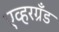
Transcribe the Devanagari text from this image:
एव्हरग्रँड